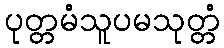
ပုတ္တမံသူပမသုတ္တံ